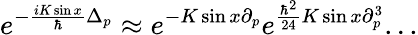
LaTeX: e^{-\frac{iK\sin x}{\hbar}\Delta_{p}}\approx e^{-K\sin x\partial_{p}}e^{\frac{\hbar^{2}}{24}K\sin x\partial_{p}^{3}}...